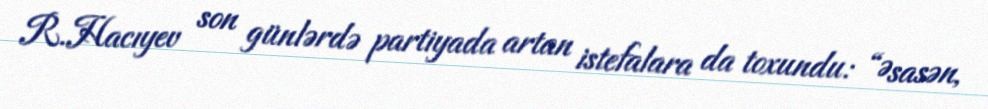
R.Hacıyev son günlərdə partiyada artan istefalara da toxundu: “Əsasən,